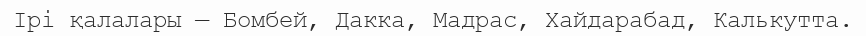
Ірі қалалары — Бомбей, Дакка, Мадрас, Хайдарабад, Калькутта.